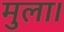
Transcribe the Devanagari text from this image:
मुला।